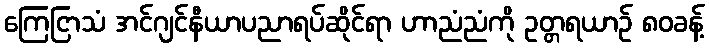
ကြေငြာသံ အင်ဂျင်နီယာပညာရပ်ဆိုင်ရာ ဟာညံညံကို ဥတ္တရယာဉ် ၈၀ခန့်